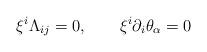
LaTeX: \begin{align*}\xi ^i\Lambda _{ij}=0,\qquad \xi ^i\partial _i\theta_\alpha =0 \end{align*}